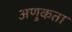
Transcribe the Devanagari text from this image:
अणुकता